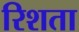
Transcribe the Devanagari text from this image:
रिशता